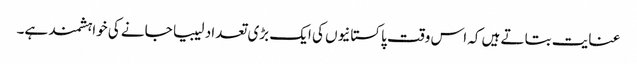
عنایت بتاتے ہیں کہ اس وقت پاکستانیوں کی ایک بڑی تعداد لیبیا جانے کی خواہشمند ہے۔